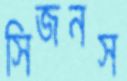
সিজনস